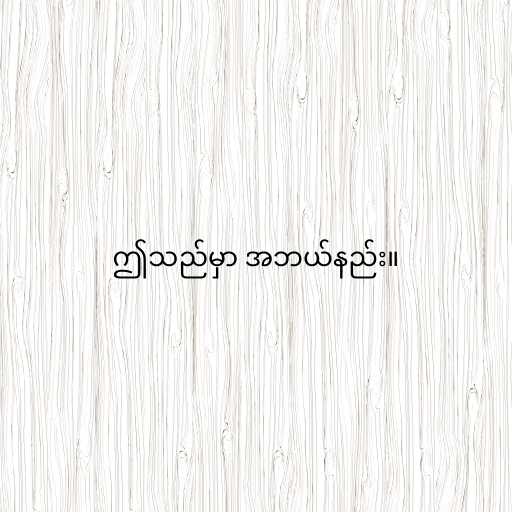
ဤသည်မှာ အဘယ်နည်း။